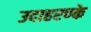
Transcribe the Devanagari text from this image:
उदाहरण्के